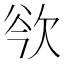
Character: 𣢲